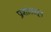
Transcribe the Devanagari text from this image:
प्रशांतातून